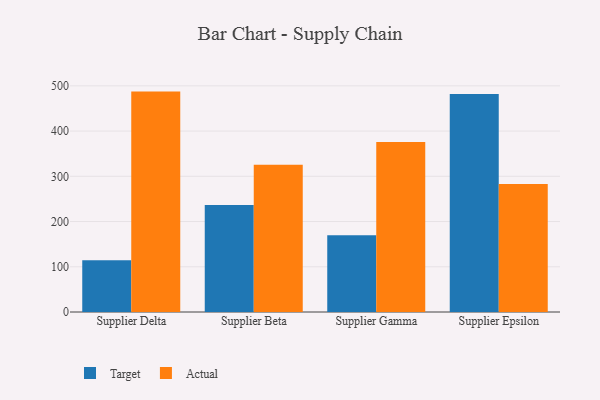
{"axis": {"x": "Supplier", "y": "Net Income (USD K)"}, "legend": ["Actual", "Target"], "data": [{"x": "Supplier Delta", "y": 114.6, "type": "Target"}, {"x": "Supplier Delta", "y": 487.3, "type": "Actual"}, {"x": "Supplier Beta", "y": 236.3, "type": "Target"}, {"x": "Supplier Beta", "y": 325.3, "type": "Actual"}, {"x": "Supplier Gamma", "y": 169.5, "type": "Target"}, {"x": "Supplier Gamma", "y": 375.9, "type": "Actual"}, {"x": "Supplier Epsilon", "y": 481.8, "type": "Target"}, {"x": "Supplier Epsilon", "y": 283.2, "type": "Actual"}]}